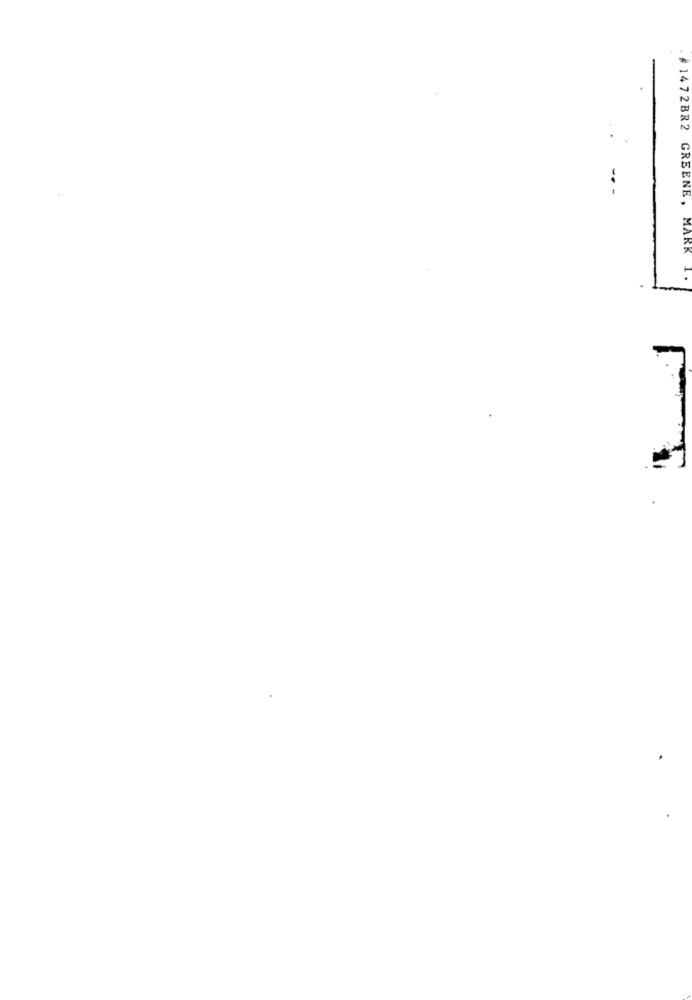
#1472BR2 GREENE, MARK I